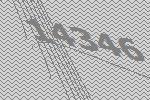
14346